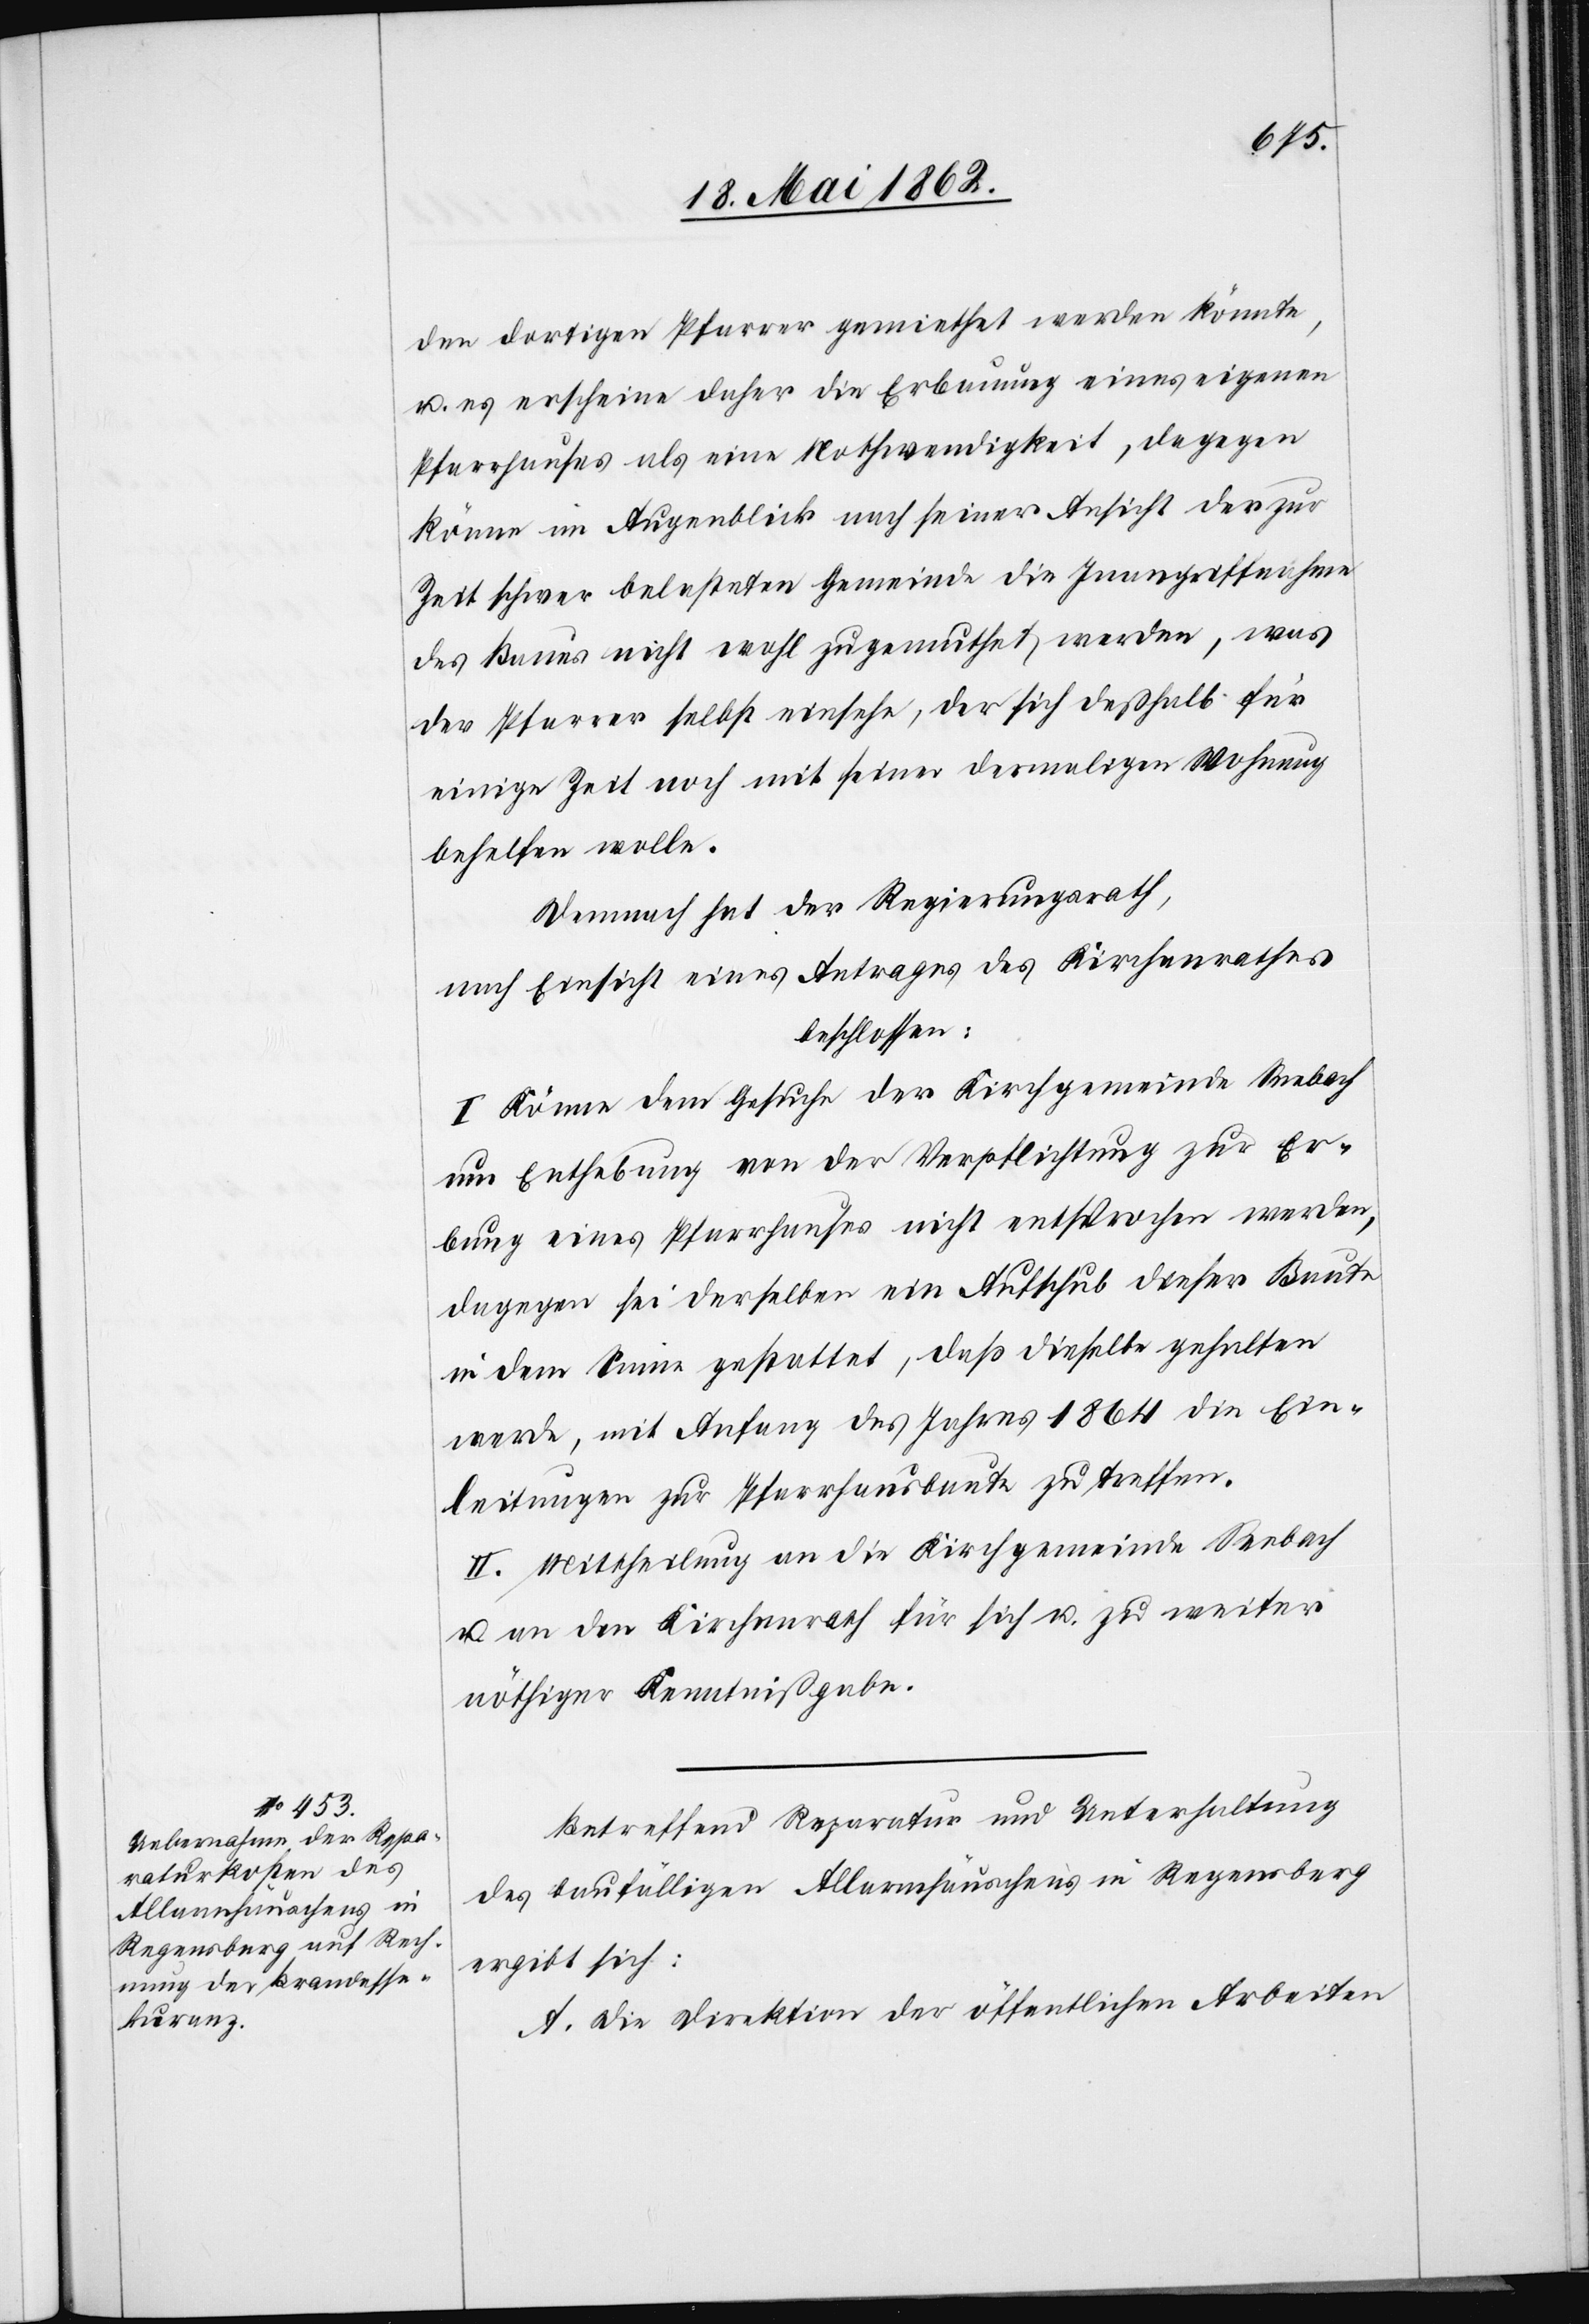
den dortigen Pfarrer gemiethet werden könnte,
u. es erscheine daher die Erbauung eines eigenen
Pfarrhauses als eine Nothwendigkeit, dagegen
könne im Augenblick nach seiner Ansicht der zur
Zeit schwer belasteten Gemeinde die Inangriffnahme
des Baues nicht wohl zugemuthet werden, was
der Pfarrer selbst einsehe, der sich deßhalb für
einige Zeit noch mit seiner dermaligen Wohnung
behelfen wolle.
Demnach hat der Regierungsrath,
nach Einsicht eines Antrages des Kirchenrathes
beschlossen.
I. Könne dem Gesuche der Kirchgemeinde Seebach
um Enthebung von der Verpflichtung zur Er¬
bau[u]ng eines Pfarrhauses nicht entsprochen werden,
dagegen sei derselben ein Aufschub dieser Baute
in dem Sinne gestattet, daß dieselbe gehalten
werde, mit Anfang des Jahres 1864 die Ein¬
leitungen zur Pfarrhausbaute zu treffen.
II. Mittheilung an die Kirchgemeinde Seebach
u. an den Kirchenrath für sich u. zu weiter
nöthiger Kenntnißgabe.
Betreffend Reparatur und Unterhaltung
des baufälligen Alarmhäuschens in Regensberg
ergibt sich:
A. Die Direktion der öffentlichen Arbeiten